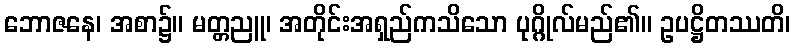
ဘောဇနေ၊ အစာ၌။ မတ္တညူ၊ အတိုင်းအရှည်ကသိသော ပုဂ္ဂိုလ်မည်၏။ ဥပဋ္ဌိတဿတိ၊